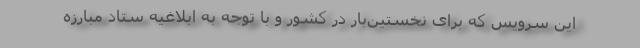
این سرویس که برای نخستین‌بار در کشور و با توجه به ابلاغیه ستاد مبارزه